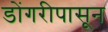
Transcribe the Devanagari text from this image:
डोंगरीपासून